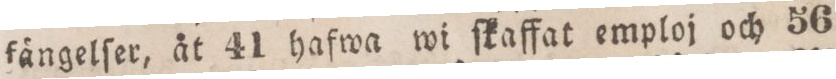
fängelſer, åt 41 hafwa wi ſkaffat emploj och 56